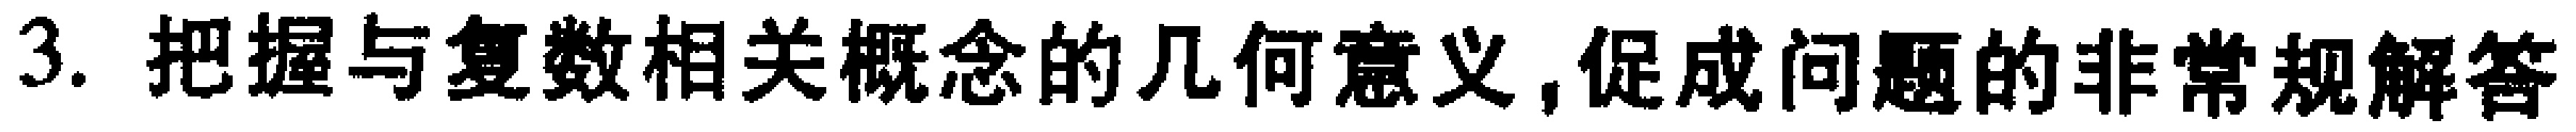
3. 把握与复数相关概念的几何意义,促成问题的非常规解答